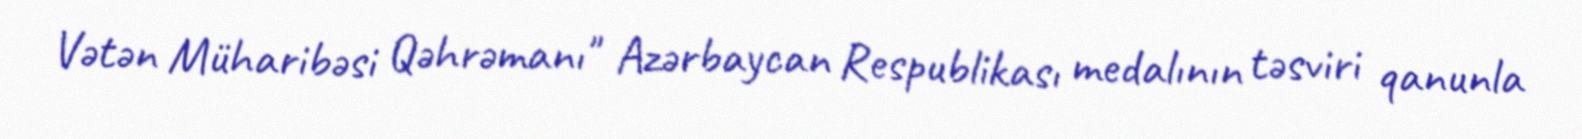
Vətən Müharibəsi Qəhrəmanı" Azərbaycan Respublikası medalının təsviri qanunla